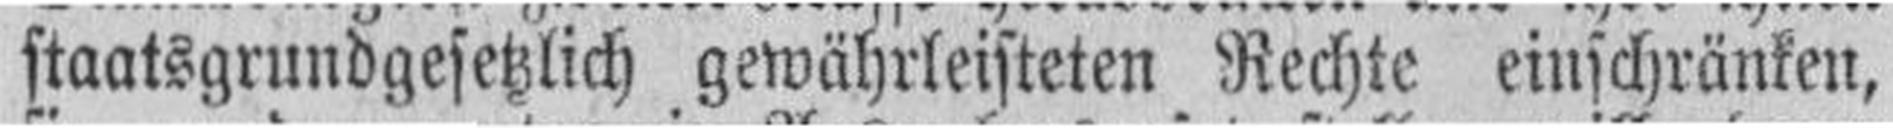
staatsgrundgesetzlich gewährleisteten Rechte einschränken,